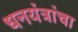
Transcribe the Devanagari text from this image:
धनयंत्रांचा